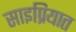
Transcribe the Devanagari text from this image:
साइप्रियात